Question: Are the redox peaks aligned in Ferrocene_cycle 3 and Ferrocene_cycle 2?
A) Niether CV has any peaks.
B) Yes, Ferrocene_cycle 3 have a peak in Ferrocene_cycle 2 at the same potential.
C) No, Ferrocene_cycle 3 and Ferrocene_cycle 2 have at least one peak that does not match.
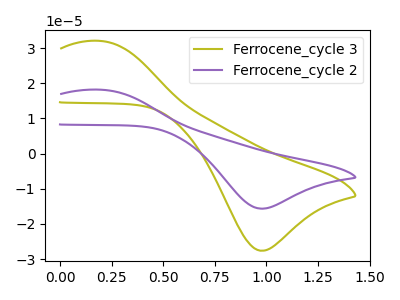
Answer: <think>The olive curve "Ferrocene_cycle 3" has an anodic peak at (0.20V, 32.00uA) and a cathodic peak at (1.00V, -27.65uA). The purple curve "Ferrocene_cycle 2" has an anodic peak at (0.20V, 18.15uA) and a cathodic peak at (1.00V, -15.65uA).</think>
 <answer>B) Yes, "Ferrocene_cycle 3" have a peak in "Ferrocene_cycle 2" at the same potential.</answer>
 <eval>B</eval>